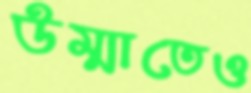
উম্মাতেও